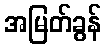
အမြတ်ခွန်